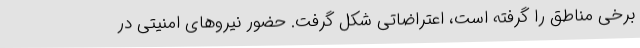
برخی مناطق را گرفته است، اعتراضاتی شکل گرفت. حضور نیروهای امنیتی در